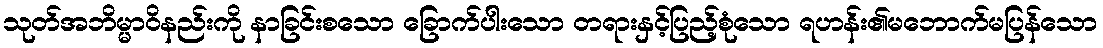
သုတ်အဘိမ္မာဝိနည်းကို နာခြင်းစသော ခြောက်ပါးသော တရားနှင့်ပြည့်စုံသော ရဟန်း၏မဘောက်မပြန်သော